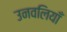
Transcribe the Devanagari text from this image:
उनवलियाँ